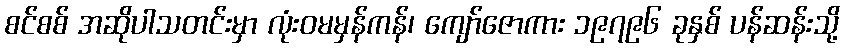
စင်စစ် အဆိုပါသတင်းမှာ လုံးဝမမှန်ကန်၊ ကျော်ဇောကား ၁၉၇၉၆ ခုနှစ် ပန်ဆန်းသို့